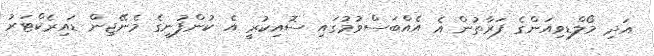
އަދި މޯލްޑިވިއަންގެ ފަރާތުން އެ އެއްބަސްވުމުގައި ސޮއިކުރީ އެ ކުންފުނީގެ މެނޭޖިން ޑައިރެކްޓަރު